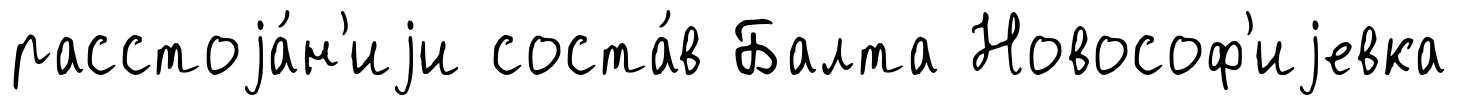
расстоjа́н'иjи соста́в Балта Новософ'иjевка